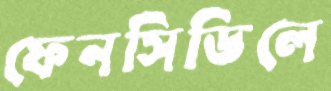
ফেনসিডিলে